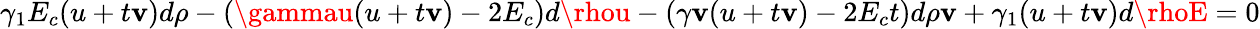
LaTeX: \gamma_{1}E_{c}(u+t\mathbf{v})d\rho-(\gammau(u+t\mathbf{v})-2E_{c})d\rhou-(\gamma\mathbf{v}(u+t\mathbf{v})-2E_{c}t)d\rho\mathbf{v}+\gamma_{1}(u+t\mathbf{v})d\rhoE=0